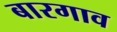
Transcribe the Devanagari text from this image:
बारगाव